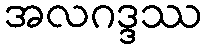
အလဂဒ္ဒဿ